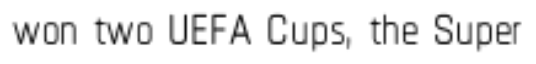
won two UEFA Cups, the Super